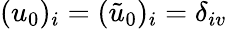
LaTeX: (u_{0})_{i}=(\tilde{u}_{0})_{i}=\delta_{iv}